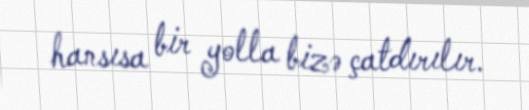
hansısa bir yolla bizə çatdırılır.